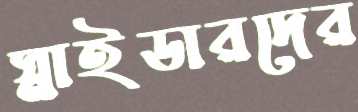
স্নাইডারদের